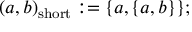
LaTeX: ( a , b ) _ { \mathrm { s h o r t } } : = \{ a , \{ a , b \} \} ;